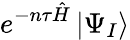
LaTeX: e^{-n\tau\hat{H}}\, |\Psi_{I}\rangle